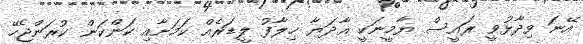
އޭނަ ވިދާޅުވީ ރައީސް ޔާމީނަކީ އާދަޔާ ޚިލާފު ލީޑަރެއް ކަމަށާއި ކަންކަން ކުރަންޖެހޭ